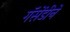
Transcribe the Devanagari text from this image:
गॅसेंडीने